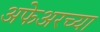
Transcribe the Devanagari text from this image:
अफेअरच्या